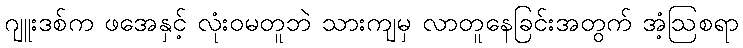
ဂျူးဒစ်က ဖအေနှင့် လုံးဝမတူဘဲ သားကျမှ လာတူနေခြင်းအတွက် အံ့ဩစရာ